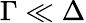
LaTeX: \Gamma\ll\Delta